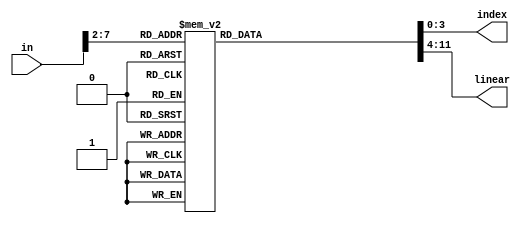
// Copyright Wenting Zhang 2024
//
// This source describes Open Hardware and is licensed under the CERN-OHL-P v2
//
// You may redistribute and modify this documentation and make products using
// it under the terms of the CERN-OHL-P v2 (https:/cern.ch/cern-ohl). This
// documentation is distributed WITHOUT ANY EXPRESS OR IMPLIED WARRANTY,
// INCLUDING OF MERCHANTABILITY, SATISFACTORY QUALITY AND FITNESS FOR A
// PARTICULAR PURPOSE. Please see the CERN-OHL-P v2 for applicable conditions
//
// linear_4b_quantizer.v
// LUT for finding the closest quantized output in the linear space
//
`default_nettype none
`timescale 1ns / 1ps
module linear_4b_quantizer (
    /* verilator lint_off UNUSEDSIGNAL */
    // Only 6 MSBs used
    input wire [7:0] in,
    /* verilator lint_on UNUSEDSIGNAL */
    output reg [3:0] index,
    output reg [7:0] linear
);

    always @(in[7:2]) begin
        case (in[7:2])
        0: begin index = 0; linear = 0; end
        1: begin index = 1; linear = 1; end
        2: begin index = 2; linear = 3; end
        3: begin index = 3; linear = 7; end
        4: begin index = 4; linear = 13; end
        5: begin index = 5; linear = 22; end
        6: begin index = 5; linear = 22; end
        7: begin index = 5; linear = 22; end
        8: begin index = 6; linear = 33; end
        9: begin index = 6; linear = 33; end
        10: begin index = 6; linear = 33; end
        11: begin index = 7; linear = 47; end
        12: begin index = 7; linear = 47; end
        13: begin index = 7; linear = 47; end
        14: begin index = 7; linear = 47; end
        15: begin index = 8; linear = 63; end
        16: begin index = 8; linear = 63; end
        17: begin index = 8; linear = 63; end
        18: begin index = 8; linear = 63; end
        19: begin index = 9; linear = 82; end
        20: begin index = 9; linear = 82; end
        21: begin index = 9; linear = 82; end
        22: begin index = 9; linear = 82; end
        23: begin index = 9; linear = 82; end
        24: begin index = 10; linear = 104; end
        25: begin index = 10; linear = 104; end
        26: begin index = 10; linear = 104; end
        27: begin index = 10; linear = 104; end
        28: begin index = 10; linear = 104; end
        29: begin index = 10; linear = 104; end
        30: begin index = 11; linear = 128; end
        31: begin index = 11; linear = 128; end
        32: begin index = 11; linear = 128; end
        33: begin index = 11; linear = 128; end
        34: begin index = 11; linear = 128; end
        35: begin index = 11; linear = 128; end
        36: begin index = 12; linear = 156; end
        37: begin index = 12; linear = 156; end
        38: begin index = 12; linear = 156; end
        39: begin index = 12; linear = 156; end
        40: begin index = 12; linear = 156; end
        41: begin index = 12; linear = 156; end
        42: begin index = 12; linear = 156; end
        43: begin index = 13; linear = 186; end
        44: begin index = 13; linear = 186; end
        45: begin index = 13; linear = 186; end
        46: begin index = 13; linear = 186; end
        47: begin index = 13; linear = 186; end
        48: begin index = 13; linear = 186; end
        49: begin index = 13; linear = 186; end
        50: begin index = 13; linear = 186; end
        51: begin index = 14; linear = 219; end
        52: begin index = 14; linear = 219; end
        53: begin index = 14; linear = 219; end
        54: begin index = 14; linear = 219; end
        55: begin index = 14; linear = 219; end
        56: begin index = 14; linear = 219; end
        57: begin index = 14; linear = 219; end
        58: begin index = 14; linear = 219; end
        59: begin index = 14; linear = 219; end
        60: begin index = 15; linear = 255; end
        61: begin index = 15; linear = 255; end
        62: begin index = 15; linear = 255; end
        63: begin index = 15; linear = 255; end
        endcase
    end

endmodule
`default_nettype wire